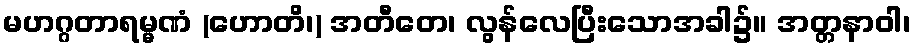
မဟဂ္ဂတာရမ္မဏံ (ဟောတိ၊) အတီတေ၊ လွန်လေပြီးသောအခါ၌။ အတ္တနာဝါ၊